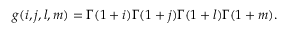
g ( i , j , l , m ) = \Gamma ( 1 + i ) \Gamma ( 1 + j ) \Gamma ( 1 + l ) \Gamma ( 1 + m ) .